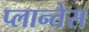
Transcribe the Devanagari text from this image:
प्लान्तेस